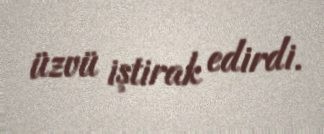
üzvü iştirak edirdi.